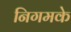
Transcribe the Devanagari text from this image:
निगमके